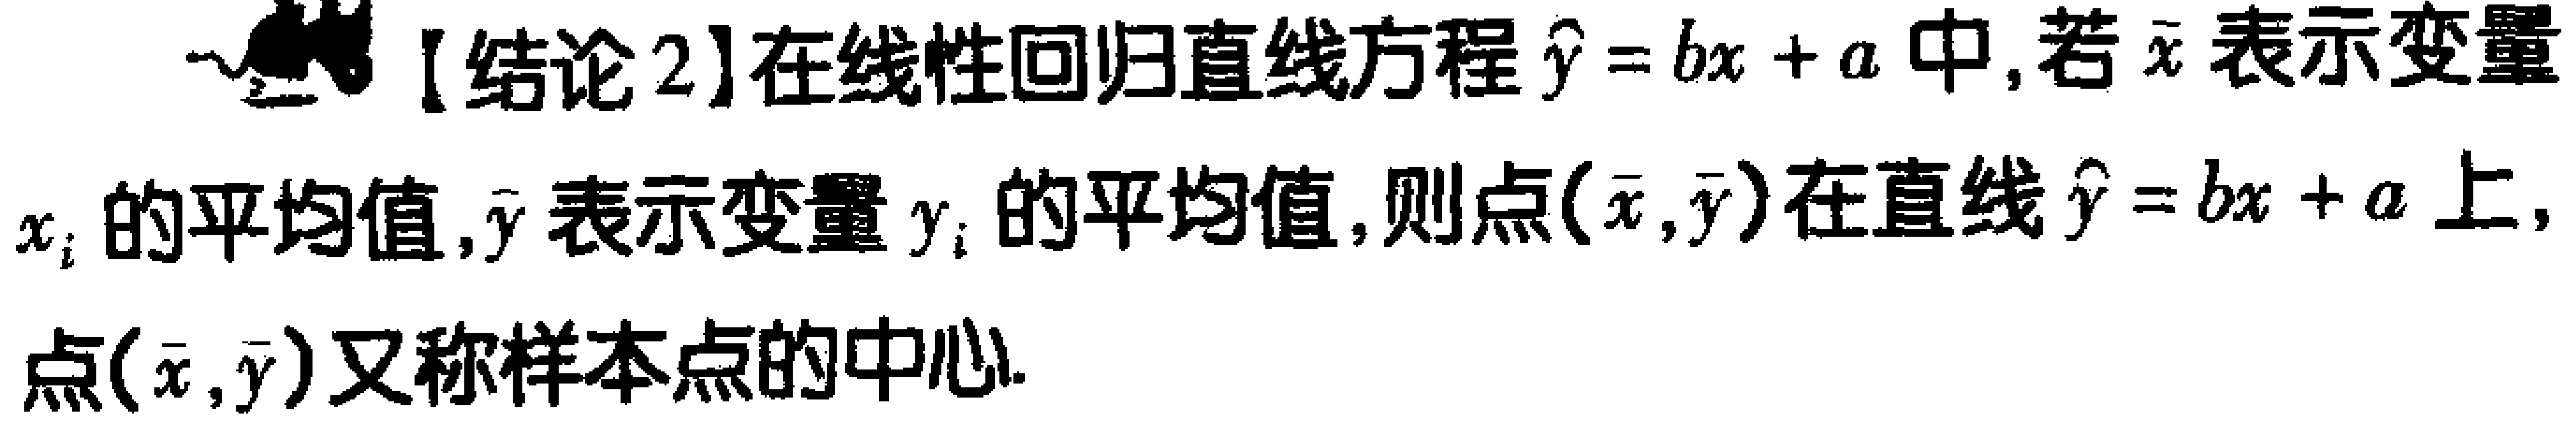
【结论2】在线性回归直线方程\(\hat{y} = bx + a\)中, 若\(\bar{x}\)表示变量\(x_{i}\)的平均值, \(\bar{y}\)表示变量\(y_{i}\)的平均值, 则点\((\bar{x},\bar{y})\)在直线\(\hat{y} = bx + a\)上, 点\((\bar{x},\bar{y})\)又称样本点的中心.